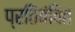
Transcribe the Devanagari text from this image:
प्रतिबंबित